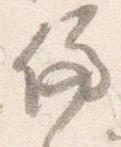
停